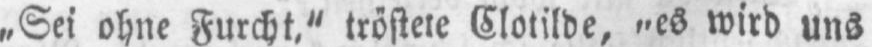
„Sei ohne Furcht.“ tröstete Clotilde, „es wird uns